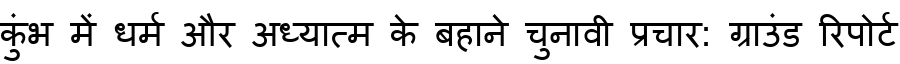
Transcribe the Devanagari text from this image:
कुंभ में धर्म और अध्यात्म के बहाने चुनावी प्रचार: ग्राउंड रिपोर्ट